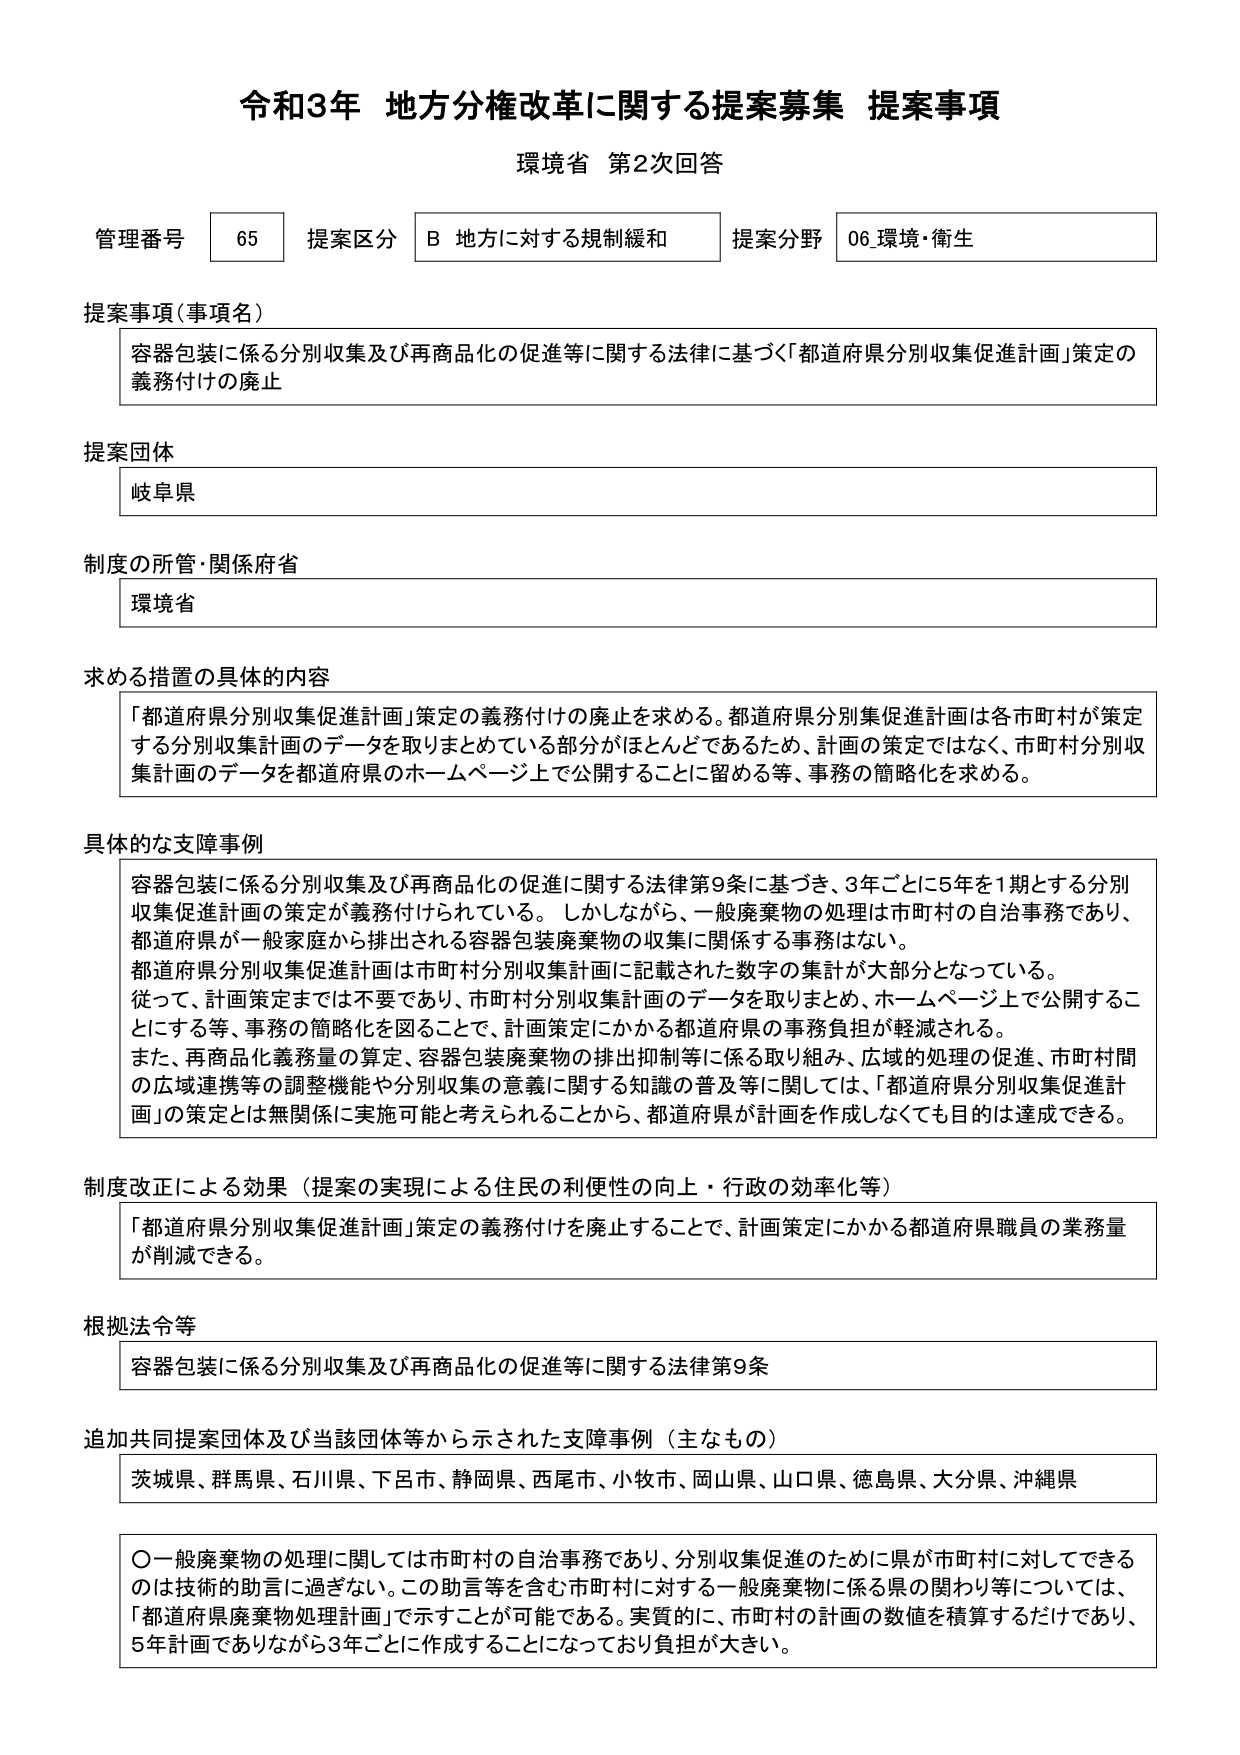
令和3年 地方分権改革に関する提案募集 提案事項
環境省 第2次回答

管理番号 65 提案区分 B 地方に対する規制緩和 提案分野 06 環境・衛生

提案事項（事項名）
容器包装に係る分別収集及び再商品化の促進等に関する法律に基づく「都道府県分別収集促進計画」策定の義務付けの廃止

提案団体
岐阜県

制度の所管・関係府省
環境省

求める措置の具体的な内容
「都道府県分別収集促進計画」策定の義務付けの廃止を求める。都道府県分別集促進計画は各市町村が策定する分別収集計画のデータを取りまとめている部分がほとんどであるため、計画の策定ではなく、市町村分別収集計画のデータを都道府県のホームページ上で公開することに留める等、事務の簡略化を求める。

具体的な支障事例
容器包装に係る分別収集及び再商品化の促進に関する法律第9条に基づき、3年ごとに5年を1期とする分別収集促進計画の策定が義務付けられている。しかしながら、一般廃棄物の処理は市町村の自治事務であり、都道府県が一般家庭から排出される容器包装廃棄物の収集に関係する事務はない。
都道府県分別収集促進計画は市町村分別収集計画に記載された数字の集計が大部分となっている。
従って、計画策定までは不要であり、市町村分別収集計画のデータを取りまとめ、ホームページ上で公開することにする等、事務の簡略化を図ることで、計画策定にかかる都道府県の事務負担が軽減される。
また、再商品化義務量の算定、容器包装廃棄物の排出抑制等に係る取り組み、広域的処理の促進、市町村間の広域連携等の調整機能や分別収集の意義に関する知識の普及等に関しては、「都道府県分別収集促進計画」の策定とは無関係に実施可能と考えられることから、都道府県が計画を作成しなくても目的は達成できる。

制度改正による効果（提案の実現による住民の利便性の向上・行政の効率化等）
「都道府県分別収集促進計画」策定の義務付けを廃止することで、計画策定にかかる都道府県職員の業務量が削減できる。

根拠法令等
容器包装に係る分別収集及び再商品化の促進等に関する法律第9条

追加共同提案団体及び当該団体等から示された支障事例（主なもの）
茨城県、群馬県、石川県、下呂市、静岡県、西尾市、小牧市、岡山県、山口県、徳島県、大分県、沖縄県

○一般廃棄物の処理に関しては市町村の自治事務であり、分別収集促進のために県が市町村に対してできるのは技術的助言に過ぎない。この助言等を含む市町村に対する一般廃棄物に係る県の関わり等については、「都道府県廃棄物処理計画」で示すことが可能である。実質的に、市町村の計画の数値を積算するだけであり、5年計画でありながら3年ごとに作成することになっており負担が大きい。